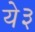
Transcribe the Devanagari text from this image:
ये३